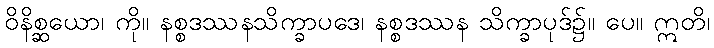
ဝိနိစ္ဆယော၊ ကို။ နစ္စဒဿနသိက္ခာပဒေ၊ နစ္စဒဿန သိက္ခာပုဒ်၌။ ပေ။ ဣတိ၊